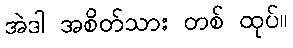
အဲဒါ အစိတ်သား တစ် ထုပ်။